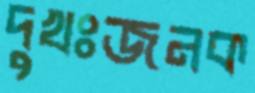
দুখঃজনক